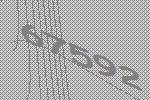
67592